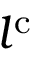
l ^ { \mathrm { { c } } }